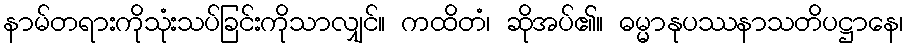
နာမ်တရားကိုသုံးသပ်ခြင်းကိုသာလျှင်။ ကထိတံ၊ ဆိုအပ်၏။ ဓမ္မာနုပဿနာသတိပဋ္ဌာနေ၊